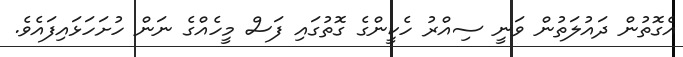
އެގޮތުން ދައުލަތުން ވަނީ ސިއްރު ހެކީންގެ ގޮތުގައި ފަސް މީހެއްގެ ނަން ހުށަހަޅައިފައެވެ.